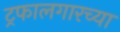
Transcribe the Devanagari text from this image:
ट्रफालगारच्या